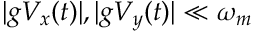
| g V _ { x } ( t ) | , | g V _ { y } ( t ) | \ll \omega _ { m }